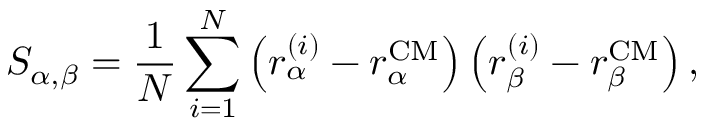
S _ { \alpha , \beta } = \frac { 1 } { N } \sum _ { i = 1 } ^ { N } \left( r _ { \alpha } ^ { ( i ) } - r _ { \alpha } ^ { \mathrm { C M } } \right) \left( r _ { \beta } ^ { ( i ) } - r _ { \beta } ^ { \mathrm { C M } } \right) ,